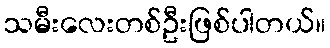
သမီးလေးတစ်ဦးဖြစ်ပါတယ်။